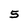
Character: 5